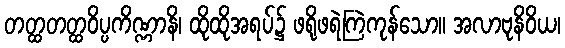
တတ္ထတတ္ထဝိပ္ပကိဏ္ဏာနိ၊ ထိုထိုအရပ်၌ ဖရိုဖရဲကြဲကုန်သော။ အလာဗုနိဝိယ၊